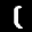
Label: 1